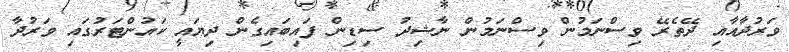
ވަރުދާއާއި ދޭތެރޭ ވިސްނަމުން ވިސްނަމުން ނާޝިދު ސިޑިން ފައިބައިގެން ދިޔައީ ކައުންޓަރުގައި ވަރުދާ